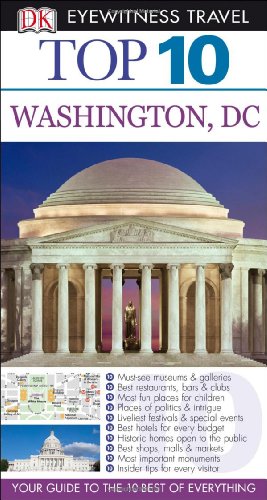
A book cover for Top 10 Washington DC (Eyewitness Top 10 Travel Guide); Ron Burke; Travel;